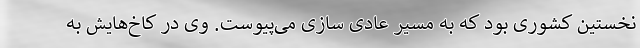
نخستین کشوری بود که به مسیر عادی سازی می‌پیوست. وی در کاخ‌هایش به